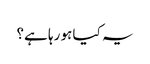
یہ کیا ہو رہا ہے؟